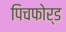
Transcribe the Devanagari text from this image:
पिचफोर्ड